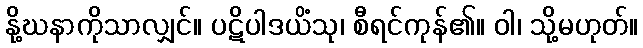
နို့ဃနာကိုသာလျှင်။ ပဋိပါဒယိံသု၊ စီရင်ကုန်၏။ ဝါ၊ သို့မဟုတ်။